Leaving Certificate, 1901
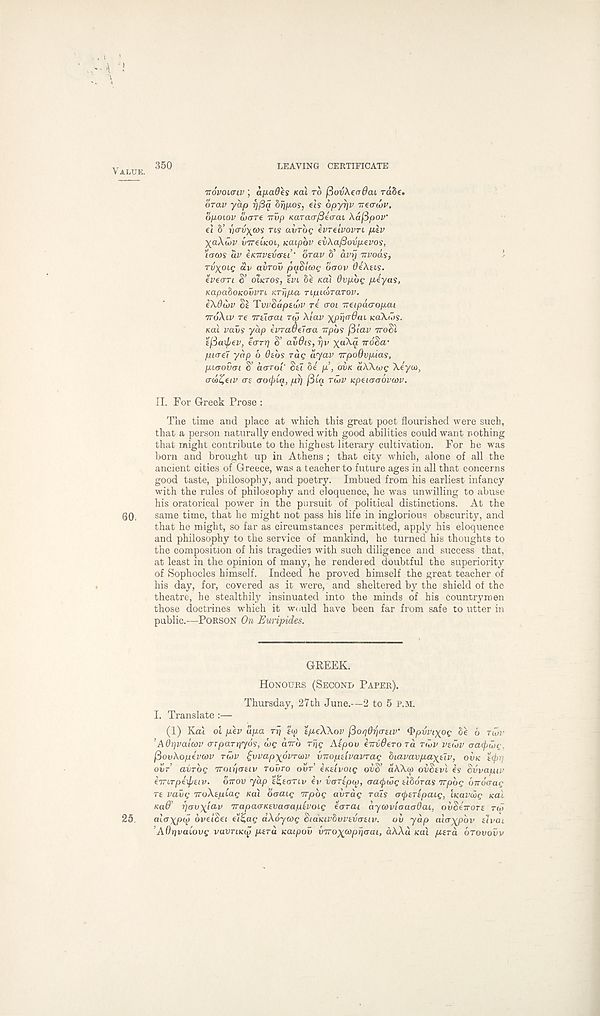
V ALUE.
350
LEAVING CERTIFICATE
TTOVOKTIV ; a/xafles Kcii TO j3ovAe<T#ai ra8e.
orav yap fjfiq 8rj/xos, ds dpyrjv Tieadjv,
opoLov ware irvp KaracrySeVat \a(5pov‘
et 8’ rio-v-^m TIS aiiroQ kyrdvovn piv
ya\a>v UTTCIKOI, naipbv tvXa/Sovp.evo'i,
l(TCOS av iKTTVSVGtl' OTUV 8’ CLVIJ TTVOOLS,
TijyoLQ av avrov pqdicoe; baov QiXtis.
ev€<TTi S’ OLKTOS, tvL 8e KcCi 0vp.bg peyas,
KapaboKOvvTL KTripa TipucraTov.
eXOibv St TvvSaptwv re <roi ireipacropai
TTOXLV re irtiaai rtp Xlav
KOXIOS.
Kal vavs yap ivradaaa Tipb? (5lav TTOSI
sfiaipev, ’iarr) S’ avflis, rjv x a^- « TTOSW
picrd yap 6 Otbs rag ayav TTpoOvpias,
purovoi S’ CKJTOI' Sti 8e p’, OVK aWujg \eyco,
ao&Zav at aoipiq, pr) fiCq TWV icptiaoovcov.
II. For Greek Prose :
The time and place at which this great poet flourished were such,
that a person naturally endowed with good abilities could want nothing
that might contribute to the highest literary cultivation. For he was
born and brought up in Athens ; that city which, alone of all the
ancient cities of Greece, was a teacher to future ages in all that concerns
good taste, philosophy, and poetry. Imbued from his earliest infancy
with the rules of philosophy and eloquence, he was unwilling to abuse
his oratorical power in the pursuit of political distinctions. At the
Q0,
same time, that he might not pass his life in inglorious obscurity, and
that he might, so far as circumstances permitted, apply his eloquence
and philosophy to the service of mankind, he turned his thoughts to
the composition of his tragedies with such diligence and success that,
at least in the opinion of many, he rendered doubtful the superiority
of Sophocles himself. Indeed he proved himself the great teacher of
his day, for, covered as it were, and sheltered by the shield of the
theatre, he stealthily insinuated into the minds of his countrymen
those doctrines which it would have been far from safe to utter in
public.—PORSON On Euripides.
GREEK.
HONOURS (SECOND PAPER).
Thursday, 27th June.—2 to 5 P.M.
I. Translate :—
(1) Kcd ot ptv apa rr\ I'M tptXXov fioqOrjcniv' Qpvviyog 8e 6 TLOV
’Adyvalcov crTparriyos, we dvro rtjg Aipov eiruOtTO ra TIOV vtCov aacftwc.
fiovkoptvav TWV ^vvapyovruv {nroptlvavrag biavavpaytlv, OVK i<pi]
OVT avrbg iroLpativ Tovro OVT’ tKtivoig ovS’ dAXw obStvl is Svvapiv
iirirpitptiv. OTTOV yap t^tariv iv voTtptp, aatpwg tlboras TTpbg oTrorrae
re vavg TroXtplag Kal oacug irpbg avrag rats otytrlpaig, iKavdog teal
Ka6’ rjavylav TrapaaKtvaaaptvoig tarai aycovlaacrdai, ovStTrort TM
25.
al(T\p(p bvelSei e’l^ag dXoycog SiaKivbvvtvotiv. oh yap alcrxpbv tlvai
’AOpvaiovg vavriKtp ptrd Kaipov v7ro){(opriaai, a\Xu KO.1 ptra OTOVOVV